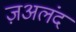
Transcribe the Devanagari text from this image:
ज़अलंद